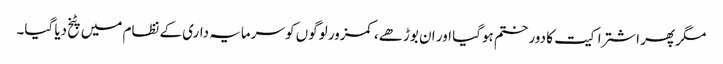
مگر پھر اشتراکیت کا دور ختم ہوگیا اور ان بوڑھے، کمزور لوگوں کو سرمایہ داری کے نظام میں پٹخ دیا گیا۔